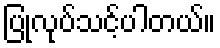
ပြုလုပ်သင့်ပါတယ်။